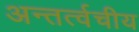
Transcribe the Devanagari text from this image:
अन्तर्त्वचीय